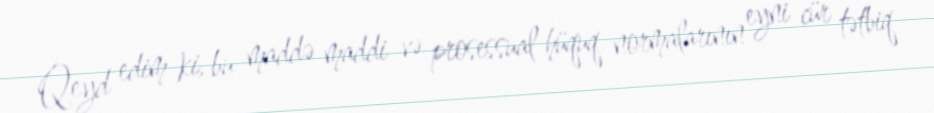
Qeyd edim ki, bu maddə maddi və prosessual hüquq normalarının eyni cür tətbiq